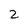
Character: 2